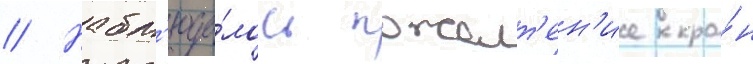
// Набл'юда́лось пожелт'ен'ие кро́н